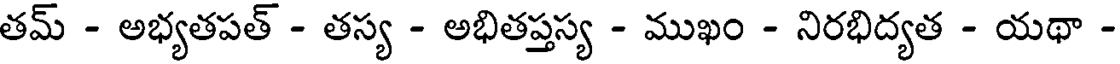
తమ్ - అభ్యతపత్ - తస్య - అభితప్తస్య - ముఖం - నిరభిద్యత - యథా -